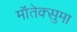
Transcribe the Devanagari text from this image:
मॉतेक्सुमा